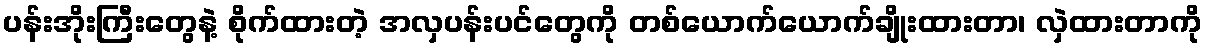
ပန်းအိုးကြီးတွေနဲ့ စိုက်ထားတဲ့ အလှပန်းပင်တွေကို တစ်ယောက်ယောက်ချိုးထားတာ၊ လှဲထားတာကို